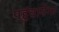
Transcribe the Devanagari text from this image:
पहुंचायेगा